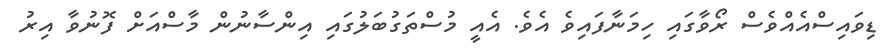
ޑިވައިސްއެއްވެސް ރޯވާގައި ހިމަނާފައިވެ އެވެ. އެއީ މުސްތަގުބަލުގައި އިންސާނުން މާސްއަށް ފޮނުވާ އިރު